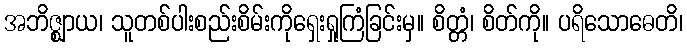
အဘိဇ္ဈာယ၊ သူတစ်ပါးစည်းစိမ်းကိုရှေးရှုကြံခြင်းမှ။ စိတ္တံ၊ စိတ်ကို။ ပရိသောဓေတိ၊